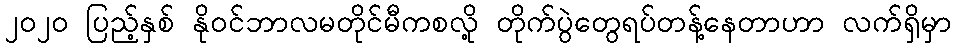
၂၀၂၀ ပြည့်နှစ် နိုဝင်ဘာလမတိုင်မီကစလို့ တိုက်ပွဲတွေရပ်တန့်နေတာဟာ လက်ရှိမှာ